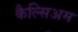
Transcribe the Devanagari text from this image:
कैल्सिअम